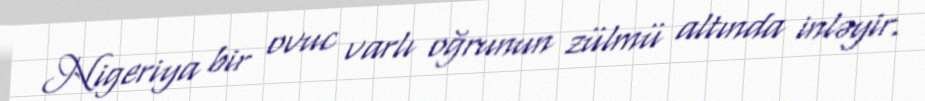
Nigeriya bir ovuc varlı oğrunun zülmü altında inləyir.